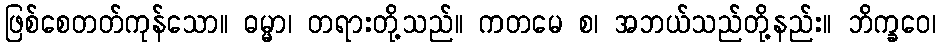
ဖြစ်စေတတ်ကုန်သော။ ဓမ္မာ၊ တရားတို့သည်။ ကတမေ စ၊ အဘယ်သည်တို့နည်း။ ဘိက္ခဝေ၊